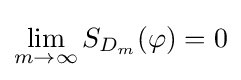
\lim _{m\to \infty }S_{D_{m}}(\varphi )=0